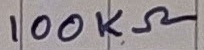
Text: 100KΩ